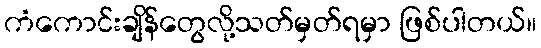
ကံကောင်းချိန်တွေလို့သတ်မှတ်ရမှာ ဖြစ်ပါတယ်။